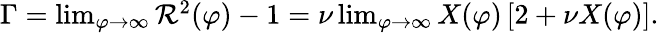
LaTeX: \begin{array}{r}{\Gamma=\operatorname*{lim}_{\varphi\to\infty}\mathcal{R}^{2}(\varphi)-1=\nu\operatorname*{lim}_{\varphi\to\infty}X(\varphi)\left[2+\nu X(\varphi)\right].}\end{array}